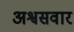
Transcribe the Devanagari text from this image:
अश्वसवार